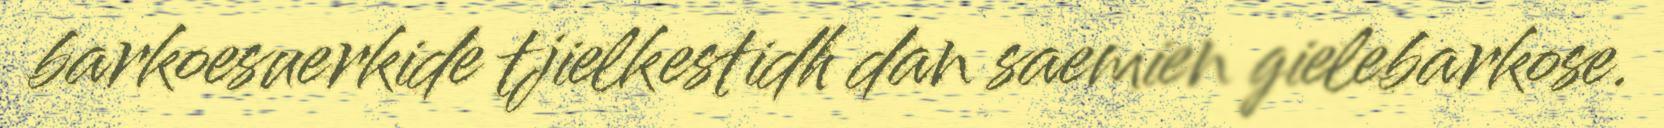
barkoesuerkide tjielkestidh dan saemien gielebarkose.